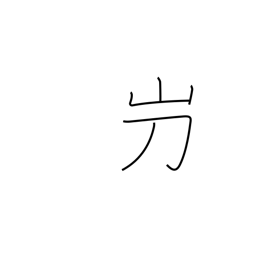
Meaning: used in proper names